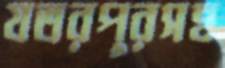
যতরপুরসহ